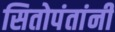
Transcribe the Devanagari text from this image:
सितोपंतांनी